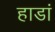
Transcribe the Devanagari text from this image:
हाडां